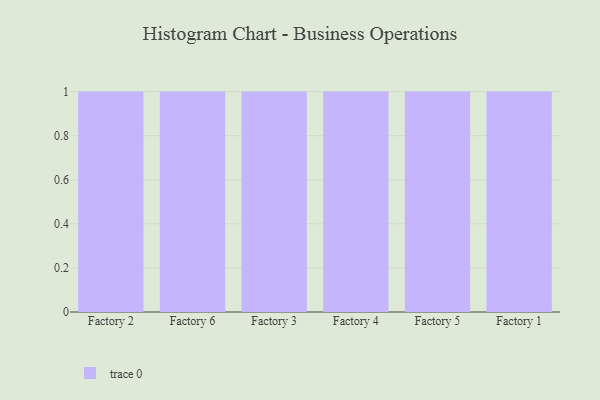
{"axis": {"x": "Factory", "y": "Production Output"}, "legend": [""], "data": [{"x": "Factory 2", "y": 7, "type": ""}, {"x": "Factory 6", "y": 97, "type": ""}, {"x": "Factory 3", "y": 47, "type": ""}, {"x": "Factory 4", "y": 38, "type": ""}, {"x": "Factory 5", "y": 9, "type": ""}, {"x": "Factory 1", "y": 16, "type": ""}]}